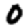
Digit: 0